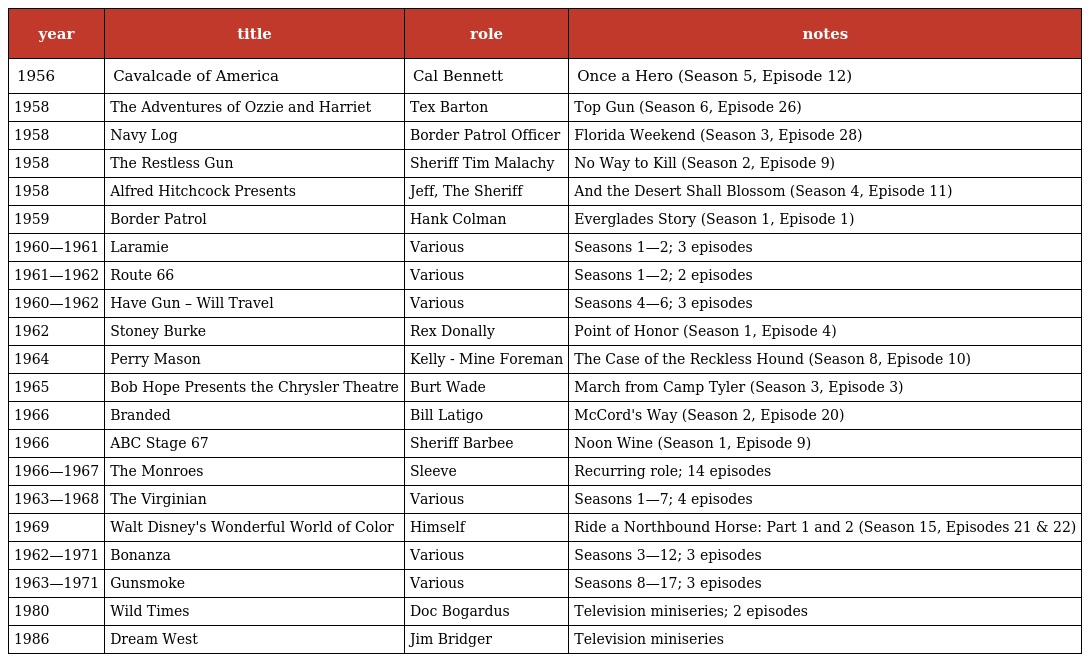
| year | title | role | notes |
 | --- | --- | --- | --- |
 | 1956 | Cavalcade of America | Cal Bennett | Once a Hero (Season 5, Episode 12) |
 | 1958 | The Adventures of Ozzie and Harriet | Tex Barton | Top Gun (Season 6, Episode 26) |
 | 1958 | Navy Log | Border Patrol Officer | Florida Weekend (Season 3, Episode 28) |
 | 1958 | The Restless Gun | Sheriff Tim Malachy | No Way to Kill (Season 2, Episode 9) |
 | 1958 | Alfred Hitchcock Presents | Jeff, The Sheriff | And the Desert Shall Blossom (Season 4, Episode 11) |
 | 1959 | Border Patrol | Hank Colman | Everglades Story (Season 1, Episode 1) |
 | 1960—1961 | Laramie | Various | Seasons 1—2; 3 episodes |
 | 1961—1962 | Route 66 | Various | Seasons 1—2; 2 episodes |
 | 1960—1962 | Have Gun – Will Travel | Various | Seasons 4—6; 3 episodes |
 | 1962 | Stoney Burke | Rex Donally | Point of Honor (Season 1, Episode 4) |
 | 1964 | Perry Mason | Kelly - Mine Foreman | The Case of the Reckless Hound (Season 8, Episode 10) |
 | 1965 | Bob Hope Presents the Chrysler Theatre | Burt Wade | March from Camp Tyler (Season 3, Episode 3) |
 | 1966 | Branded | Bill Latigo | McCord's Way (Season 2, Episode 20) |
 | 1966 | ABC Stage 67 | Sheriff Barbee | Noon Wine (Season 1, Episode 9) |
 | 1966—1967 | The Monroes | Sleeve | Recurring role; 14 episodes |
 | 1963—1968 | The Virginian | Various | Seasons 1—7; 4 episodes |
 | 1969 | Walt Disney's Wonderful World of Color | Himself | Ride a Northbound Horse: Part 1 and 2 (Season 15, Episodes 21 & 22) |
 | 1962—1971 | Bonanza | Various | Seasons 3—12; 3 episodes |
 | 1963—1971 | Gunsmoke | Various | Seasons 8—17; 3 episodes |
 | 1980 | Wild Times | Doc Bogardus | Television miniseries; 2 episodes |
 | 1986 | Dream West | Jim Bridger | Television miniseries |